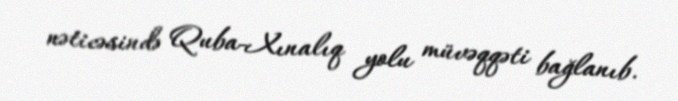
nəticəsində Quba-Xınalıq yolu müvəqqəti bağlanıb.